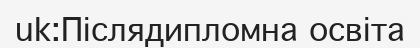
uk:Післядипломна освіта